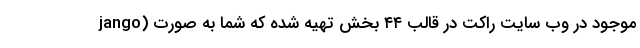
jango) موجود در وب سایت راکت در قالب ۴۴ بخش تهیه شده که شما به صورت